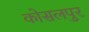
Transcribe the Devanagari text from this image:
कोसलपुर